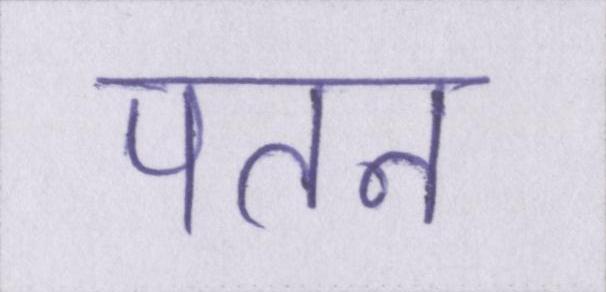
पतन